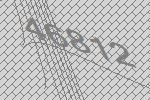
46812